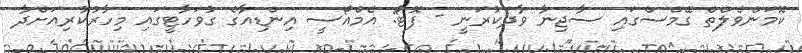
ކޮަމަންވެލްތް ގޭމްސްގައި ސާޖިނާ ވާދަކުރަނީ - ފޮޓޯ: އެމްއޯސީ އިންޑިއާގެ ގުވަހާޓީގައި މިހާރުކުރިއަށްދާ